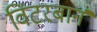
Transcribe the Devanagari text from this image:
विंटरबार्न